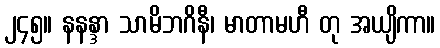
၂၄၅။ နနန္ဒာ သာမိဘဂိနီ၊ မာတာမဟီ တု အယျိကာ။